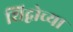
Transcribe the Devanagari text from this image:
शिद्वोच्या